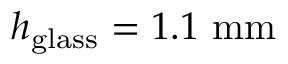
h _ { \mathrm { g l a s s } } = 1 . 1 \ \mathrm { m m }